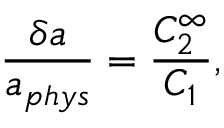
\frac { \delta a } { a _ { p h y s } } = \frac { C _ { 2 } ^ { \infty } } { C _ { 1 } } ,